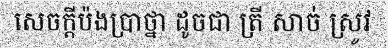
សេចក្តីប៉ងប្រាថ្នា ដូចជា ត្រី សាច់ ស្រូវ